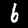
Digit: 6